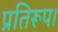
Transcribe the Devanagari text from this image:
प्रतिरूप।